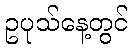
ဥပုသ်နေ့တွင်